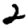
Digit: 2